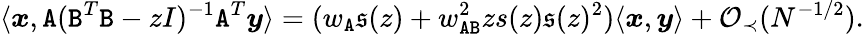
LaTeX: \langle{\boldsymbol x},{\texttt A}({\texttt B}^{T}{\texttt B}-zI)^{-1}{\texttt A}^{T}{\boldsymbol y}\rangle=(w_{\texttt A}\mathfrak{s}(z)+w_{{\texttt A}{\texttt B}}^{2}zs(z)\mathfrak{s}(z)^{2})\langle{\boldsymbol x},{\boldsymbol y}\rangle+{\mathcal O}_{\prec}(N^{-1/2}).